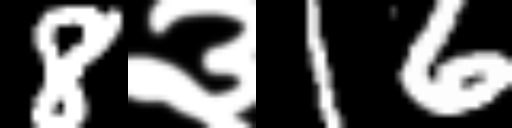
Text: 8३16